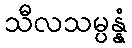
သီလသမ္ပန္နံ